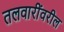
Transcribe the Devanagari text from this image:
तलवारींवरील